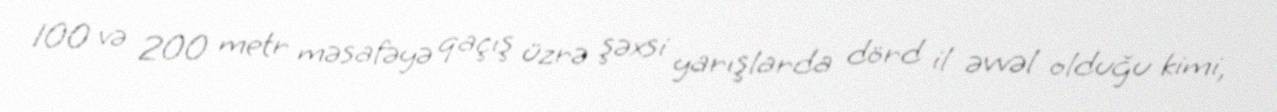
100 və 200 metr məsafəyə qaçış üzrə şəxsi yarışlarda dörd il əvvəl olduğu kimi,